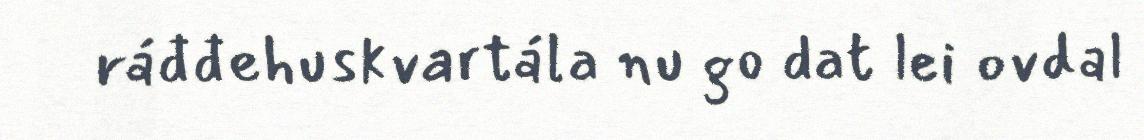
ráđđehuskvartála nu go dat lei ovdal